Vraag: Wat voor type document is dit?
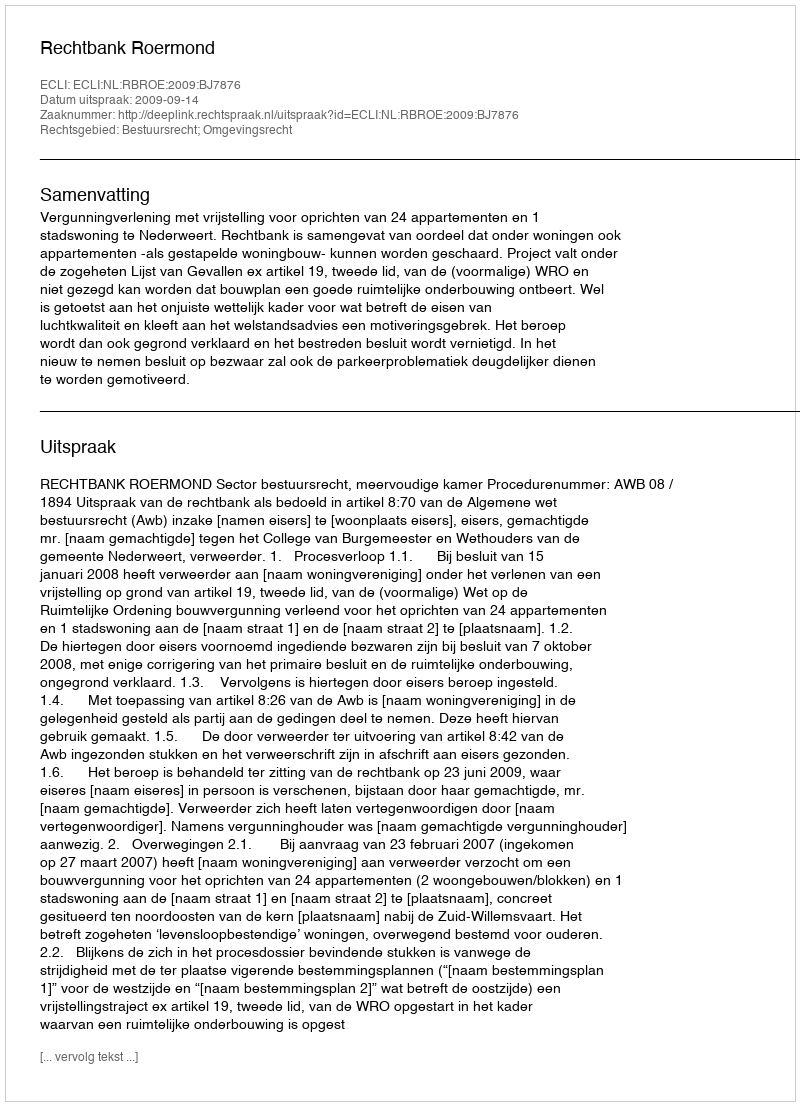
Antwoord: Uitspraak